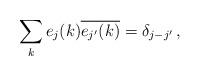
LaTeX: \begin{align*}\sum_k e_j(k)\overline{e_{j'}(k)} = \delta_{j-j'}\, ,\end{align*}